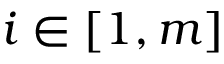
i \in [ 1 , m ]